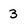
Character: 3